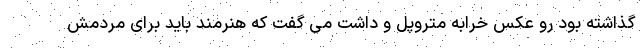
گذاشته بود رو عکس خرابه متروپل و داشت می گفت که هنرمند باید برای مردمش